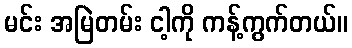
မင်း အမြဲတမ်း ငါ့ကို ကန့်ကွက်တယ်။